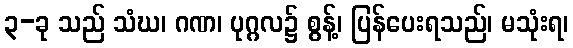
၃-ခု သည် သံဃ၊ ဂဏ၊ ပုဂ္ဂလ၌ စွန့်၊ ပြန်ပေးရသည်၊ မသုံးရ၊